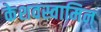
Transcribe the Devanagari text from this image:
केशवस्वामिन्